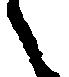
々